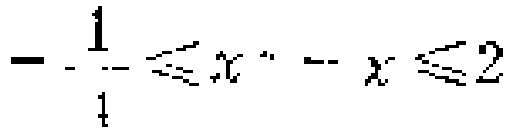
\(-\frac{1}{4}\leqslant x^{2}-x\leqslant 2\)